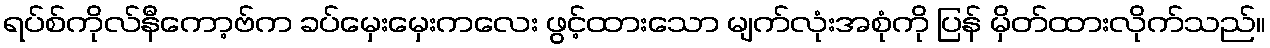
ရပ်စ်ကိုလ်နီကော့ဗ်က ခပ်မှေးမှေးကလေး ဖွင့်ထားသော မျက်လုံးအစုံကို ပြန် မှိတ်ထားလိုက်သည်။